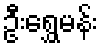
ဦးရွှေမန်း